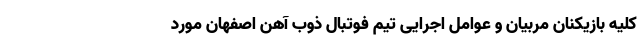
کلیه بازیکنان مربیان و عوامل اجرایی تیم فوتبال ذوب آهن اصفهان مورد